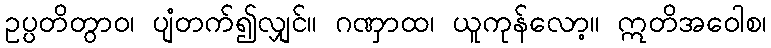
ဥပ္ပတိတွာဝ၊ ပျံတက်၍လျှင်။ ဂဏှာထ၊ ယူကုန်လော့။ ဣတိအဝေါစ၊